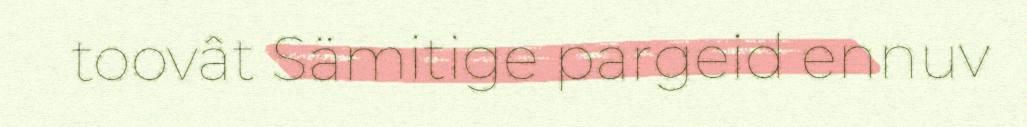
toovât Sämitige pargeid ennuv